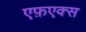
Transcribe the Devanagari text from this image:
एफ़एक्स